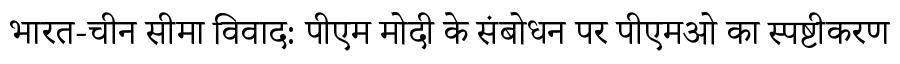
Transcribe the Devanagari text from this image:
भारत-चीन सीमा विवाद: पीएम मोदी के संबोधन पर पीएमओ का स्पष्टीकरण